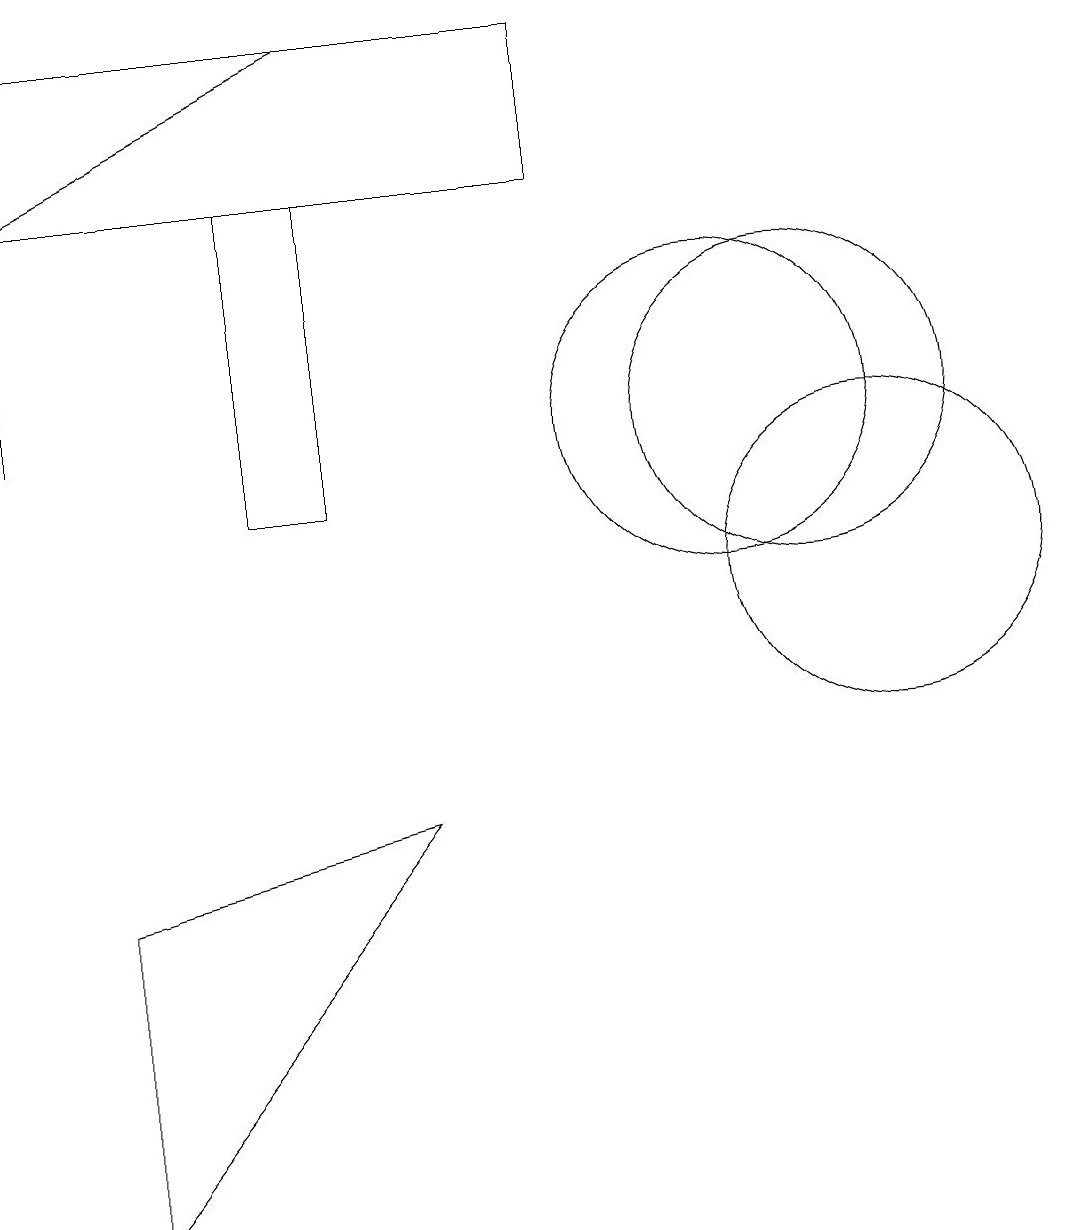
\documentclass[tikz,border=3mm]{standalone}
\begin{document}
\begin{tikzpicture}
\draw (12,10) circle (2);
\draw (4,15) rectangle (5,11);
\draw[->] (5,17) -- (1,15);
\draw (11,12) circle (2);
\draw (1,16) rectangle (1,12);
\draw (10,12) circle (2);
\draw (6,7) -- (2,2) -- (2,6) -- cycle;
\draw (1,17) rectangle (8,15);
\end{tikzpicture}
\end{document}